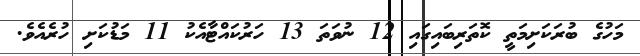
މަހުގެ ބުރަކަށިމަތީ ކޮތަރިބައިގައި 12 ނުވަތަ 13 ހަރުކައްޓާއެކު 11 މަޑުކަށި ހުރެއެވެ.